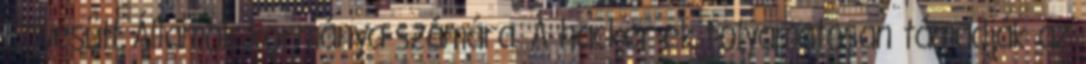
Egyesült Államok kormánya számára. A hacker-ek folyamatosan támadják az